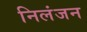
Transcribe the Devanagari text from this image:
निलंजन